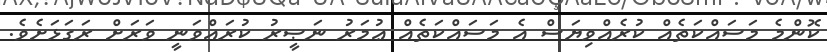
ކޮންމެ މަސައްކަތެއް ކުރެއްވިޔަސް އެ މަސައްކަތެއް ޢުމަރު ނަޞީރު ކުރައްވަނީ ވަރަށް ރަގަޅަށެވެ.